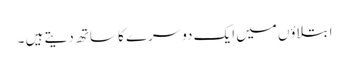
ابتلاؤں میں ایک دوسرے کا ساتھ دیتے ہیں ۔